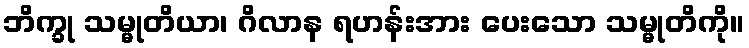
ဘိက္ခု သမ္မုတိယာ၊ ဂိလာန ရဟန်းအား ပေးသော သမ္မုတိကို။